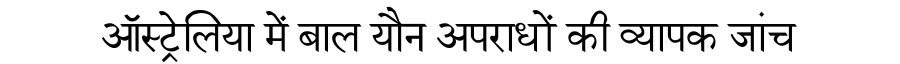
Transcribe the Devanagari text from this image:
ऑस्ट्रेलिया में बाल यौन अपराधों की व्यापक जांच